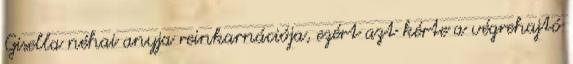
Gisella néhai anyja reinkarnációja, ezért azt kérte a végrehajtó